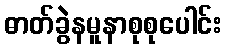
ဓာတ်ခွဲနမူနာစုစုပေါင်း